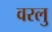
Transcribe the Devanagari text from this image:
वरलु